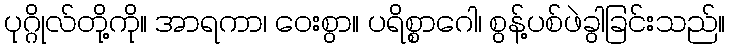
ပုဂ္ဂိုလ်တို့ကို။ အာရကာ၊ ဝေးစွာ။ ပရိစ္စာဂေါ၊ စွန့်ပစ်ဖဲခွါခြင်းသည်။